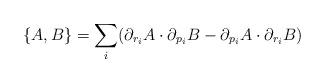
LaTeX: \begin{align*}\{A,B\} = \sum_i (\partial_{r_i} A \cdot \partial_{p_i}B -\partial_{p_i} A \cdot \partial_{r_i}B)\end{align*}